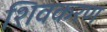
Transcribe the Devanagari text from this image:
शिवकरण